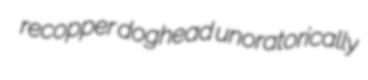
recopper doghead unoratorically